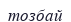
тозбай